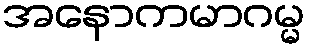
အနောကမာဂမ္မ